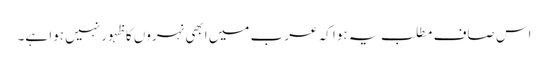
اس صاف مطلب یہ ہوا کہ عرب میں ابھی نہروں کا ظہور نہیں ہوا ہے۔